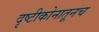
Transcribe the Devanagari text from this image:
दृष्टीकोनातूनच